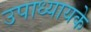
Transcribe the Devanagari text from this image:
उपाध्यायके